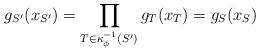
LaTeX: \begin{align*}g_{S'}(x_{S'})=\prod_{T\in \kappa_\phi^{-1}(S')}g_T(x_T)=g_{S}(x_{S}) \end{align*}